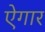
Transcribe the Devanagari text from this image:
ऐगार